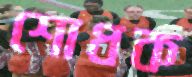
শোধক